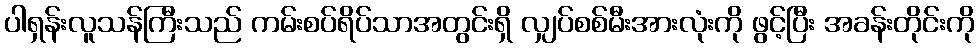
ပါရှန်းလူသန်ကြီးသည် ကမ်းစပ်ရိပ်သာအတွင်းရှိ လျှပ်စစ်မီးအားလုံးကို ဖွင့်ပြီး အခန်းတိုင်းကို